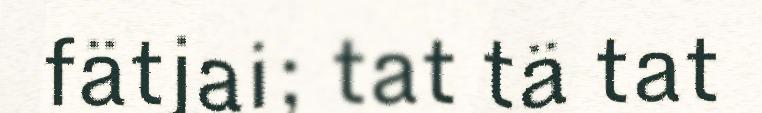
fätjai; tat tä tat